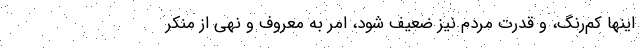
اینها کم‌رنگ، و قدرت مردم نیز ضعیف شود، امر به معروف و نهی از منکر